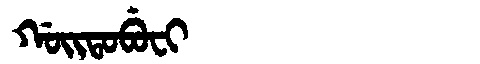
Manchu: ᡤᠣᡳᡨᠣᠪᡠᠸᡳ
Romanization: GOITOBUFI